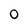
Character: O